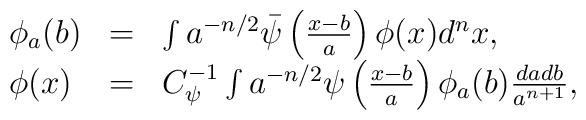
\begin{array}{lcl}\phi_a(b) &=& \int  a^{-n/2}\bar\psi\left(\frac{x-b}{a}\right)\phi(x)d^nx, \\\phi(x)&=& C_\psi^{-1}\int a^{-n/2}\psi\left(\frac{x-b}{a}\right)\phi_a(b)\frac{dadb}{a^{n+1}},\end{array}